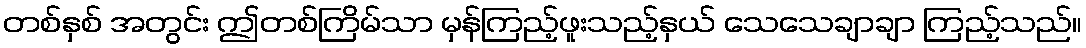
တစ်နှစ် အတွင်း ဤတစ်ကြိမ်သာ မှန်ကြည့်ဖူးသည့်နှယ် သေသေချာချာ ကြည့်သည်။